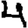
Digit: 4